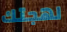
لهجتك